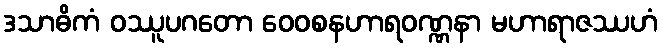
ဒသာဓိကံ ဝဿူပဂတော ဝေဝစနဟာရဝဏ္ဏနာ မဟာရာဇဿဟံ